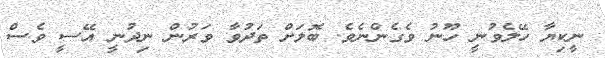
ނީކިޔާ ހޭލެވުނީ ހޫނު ވެގެންނެވެ. ބޮލަށް ތަދުވާ ވަރުން ނިދުނީ އޭސީ ވެސް